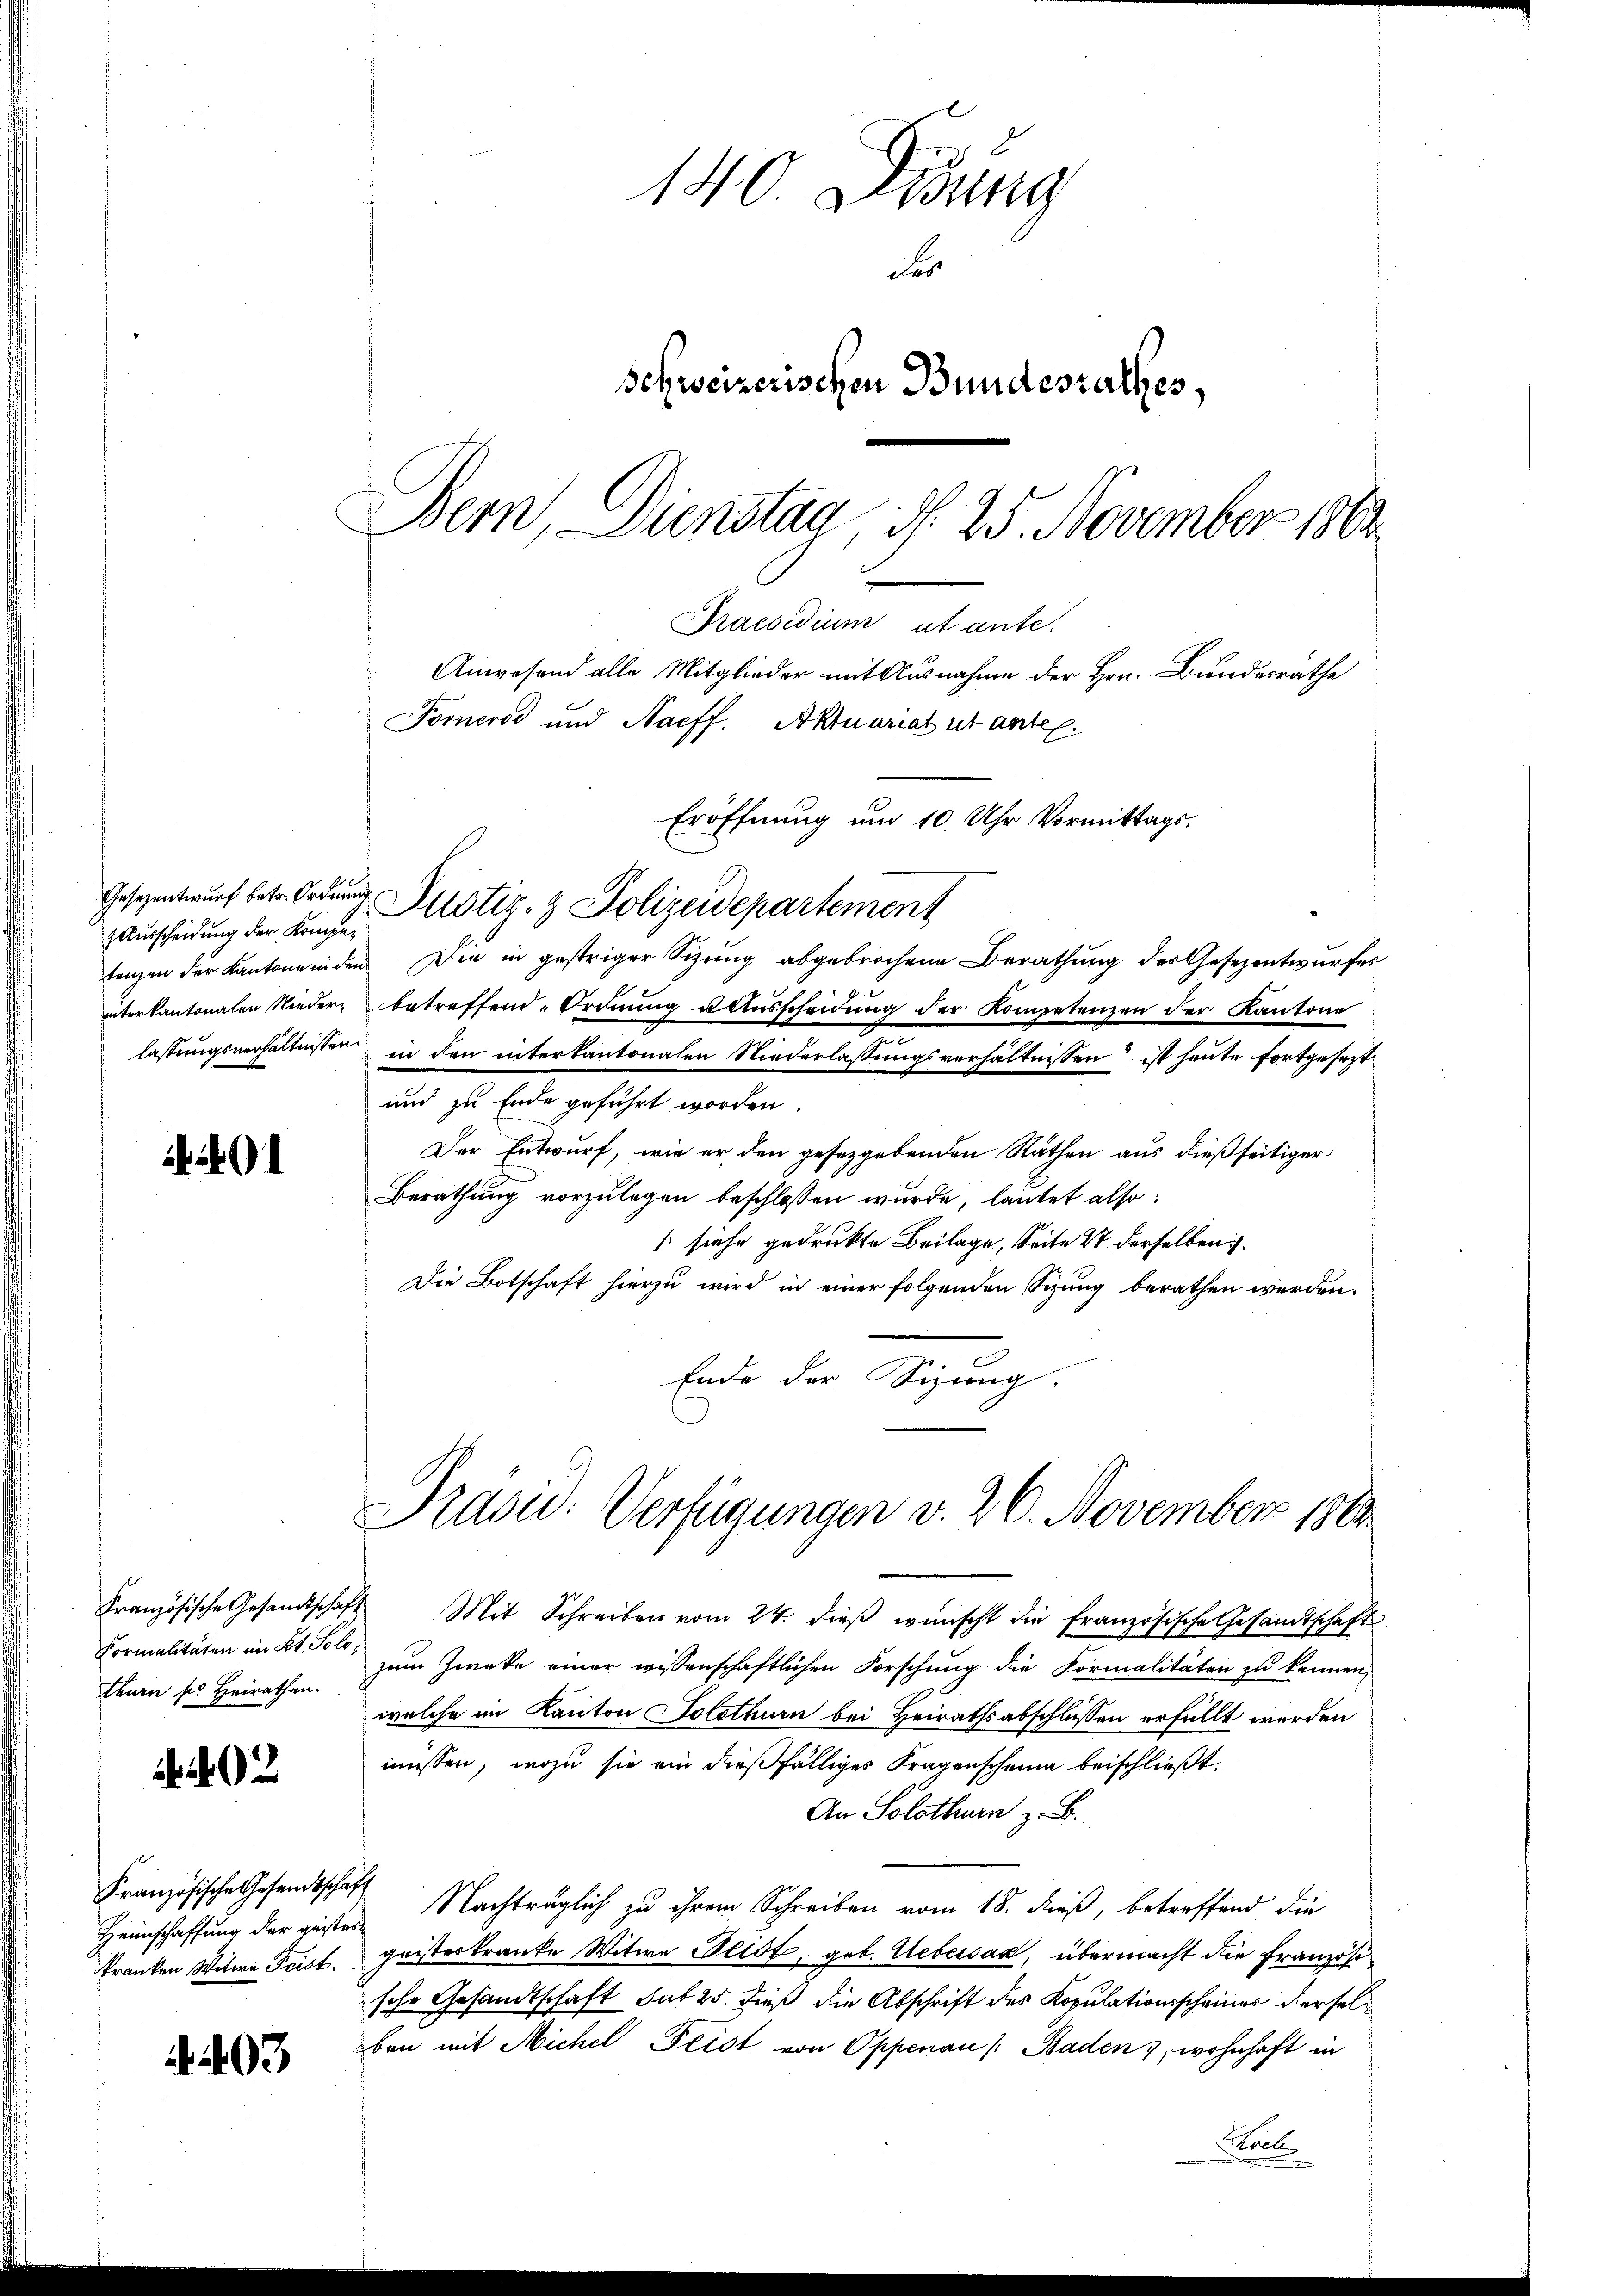
zausscheidung der Kompe¬

4401

02

403

140 Didung
es
Schweizerischen Bundesrathes,
Bem, Dienstag, d. 25. November 1862.
Praesidium utante.

Formalitäten im Kt. Solotenen ses Heirathen
Französische Gesandtschaft

Anwesend alle Mitglieder mit Ausnahme der Hrn. Bundesräthe
Fornerst und Naeff. Aktuariat ut anten.
Eröffnung um 10 Uhr Vormittags.
Gesezentwŭrf betr. Ordnung Justiz- & Polizeidepartement
tenzen der Kantone inden Die in gestriger Sizung abgebrochene Berathung des Gesezentwurfes
unterkantonalen Nieder betreffend. Ordnŭng u Aŭsscheidŭng der Kompetenzen der Kantone
lassungsverhältnissen in den interkantonalen Niederlassungsverhältnissen ist heute fortgesezt
und zu Ende geführt worden.
Der Entwurf, wie er den gesetzgebenden Räthen aus dießseitiger
Berathung vorzulegen beschlossen wurde, lautet also:
[siehe gedruckte Beilage, Seite 27 derselben i
Die Botschaft hierzu wird in einer folgenden Sizung berathen werden.
Ende der Sizung.

Präsid. Verfügungen v. 26. November 180.

Französische Gesandtschaft Mit Schreiben vom 24. dieß wünscht die französische Gesandtschaft
zum Zwecke einer wissenschaftlichen Forschung die Formalitäten zu kennen,
welche im Kanton Solothurn bei Heirathsabschlüssen erfüllt werden
müssen, wozu sie ein dießfälliges Fragenscheine beischließt:
An Solothurn z. B.
Heimschaffung der gester Nachträglich zu ihrem Schreiben vom 18. Fuß, betreffend die
kranken Witwe Frist. geisteskranke Witwe Plist, geb. Uebersas, übermacht die Französische Gesandtschaft sub 25. dieß die Abschrift des Kopulationsscheiner derselben mit Michel Peist von Oppenau (Baden, wohnhaft in
Foele